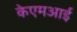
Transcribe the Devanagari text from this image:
केएमआई